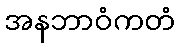
အနဘာဝံကတံ